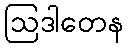
ဩဒါတေန